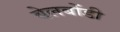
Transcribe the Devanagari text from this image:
बेलबोंडी